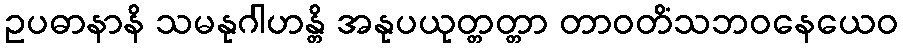
ဥပဓာနာနိ သမနုဂါဟန္တိ အနုပယုတ္တတ္တာ တာဝတိံသဘဝနေယေဝ